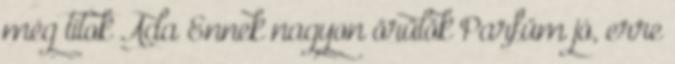
még titok Ada Ennek nagyon örülök Parfüm jó, erre